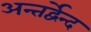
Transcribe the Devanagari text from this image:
अन्तर्द्वेन्द